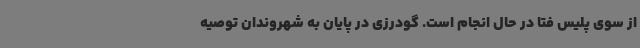
از سوی پلیس فتا در حال انجام است. گودرزی در پایان به شهروندان توصیه